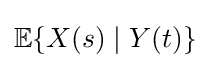
\mathbb {E} \{X(s)\mid Y(t)\}